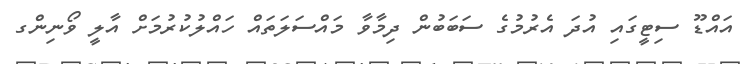
އައްޑޫ ސިޓީގައި އުދަ އެރުމުގެ ސަބަބުން ދިމާވާ މައްސަލަތައް ހައްލުކުރުމަށް އާލީ ވޯނިންގ